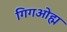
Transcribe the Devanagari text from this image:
गिगओह्म